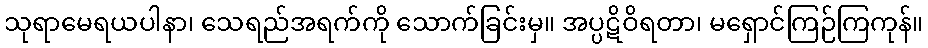
သုရာမေရယပါနာ၊ သေရည်အရက်ကို သောက်ခြင်းမှ။ အပ္ပဋိဝိရတာ၊ မရှောင်ကြဉ်ကြကုန်။